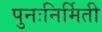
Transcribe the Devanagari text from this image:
पुनःनिर्मिती